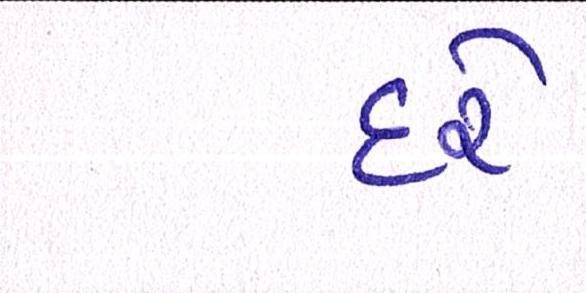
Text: દરે